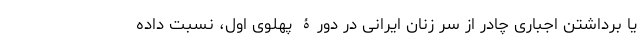
یا برداشتن اجباری چادر از سر زنان ایرانی در دورۀ پهلوی اول، نسبت داده